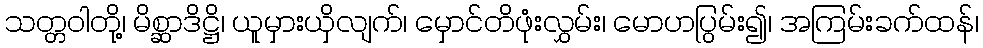
သတ္တဝါတို့၊ မိစ္ဆာဒိဋ္ဌိ၊ ယူမှားယှိလျက်၊ မှောင်တိဖုံးလွှမ်း၊ မောဟပြွမ်း၍၊ အကြမ်းခက်ထန်၊